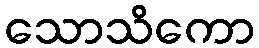
သောသိကော